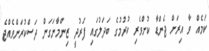
ކަމެއް ވާ އިރަށް ޖެންޑާ ކުށްވެރިި ކުުރުމުގެ ބަދަލުގައި ފަރުދީ ޒިންމާނަގަން ދަސްކުރަންވެއްޖެ